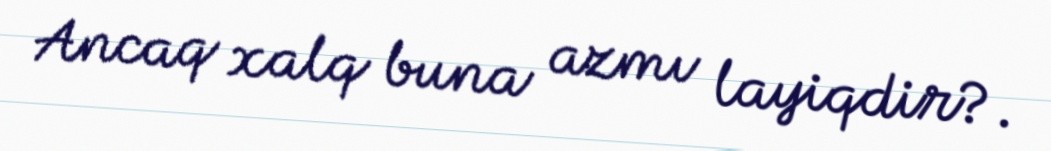
Ancaq xalq buna azmı layiqdir?.